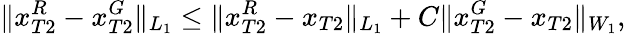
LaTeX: \| x_{T2}^{R}-x_{T2}^{G}\| _{L_{1}}\leq\| x_{T2}^{R}-x_{T2}\| _{L_{1}}+C\| x_{T2}^{G}-x_{T2}\| _{W_{1}},